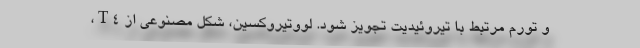
و تورم مرتبط با تیروئیدیت تجویز شود. لووتیروکسین، شکل مصنوعی از T4،